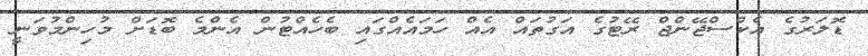
ޑޮލަރުގެ އެކްސްޖޭންޖް ރޭޓުގެ އަގުތައް އެއް ހަމައެއްގައި ބެހެއްޓުން އެންމެ ބޮޑަށް މުހިންމުވަނީ